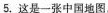
5.这是一张中国地图。